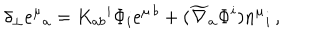
\delta _ { \perp } e ^ { \mu } { } _ { a } = K _ { a b } { } ^ { i } \Phi _ { i } e ^ { \mu \, b } + ( \widetilde \nabla _ { a } \Phi ^ { i } ) n ^ { \mu } { } _ { i } \, ,